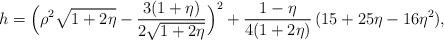
LaTeX: \begin{align*}h = \Big( \rho^2 \sqrt{1+2\eta} - \frac{3(1+\eta)}{2\sqrt{1+2\eta}} \Big)^2 + \frac{1-\eta}{4(1+2\eta)}\, (15 + 25 \eta - 16 \eta^2),\end{align*}